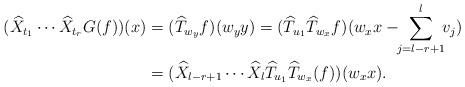
LaTeX: \begin{align*}(\widehat{X}_{t_{1}}\cdots \widehat{X}_{t_{r}}G(f))(x)&=(\widehat{T}_{w_{y}}f)(w_{y}y)=(\widehat{T}_{u_{1}}\widehat{T}_{w_{x}}f)(w_{x}x-\!\!\sum_{j=l-r+1}^{l}\!\!v_{j}) \\ &=(\widehat{X}_{l-r+1}\cdots \widehat{X}_{l}\widehat{T}_{u_{1}}\widehat{T}_{w_{x}}(f))(w_{x}x).\end{align*}